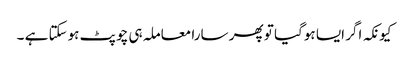
کیونکہ اگر ایسا ہوگیا تو پھر سارا معاملہ ہی چوپٹ ہوسکتا ہے ۔